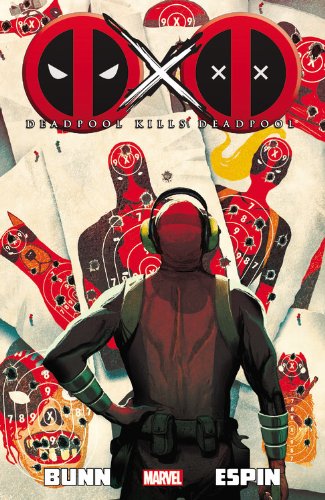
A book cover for Deadpool Kills Deadpool (Deadpool (Unnumbered)); Cullen Bunn; Comics & Graphic Novels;